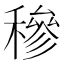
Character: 穇